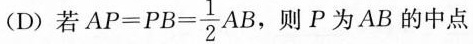
(D)若 $$AP=PB= \frac{1}{2}AB,$$ ，则P为AB的中点